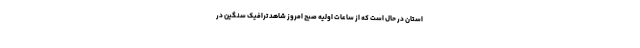
استان در حال است که از ساعات اولیه صبح امروز شاهد ترافیک سنگین در